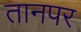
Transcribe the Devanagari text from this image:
तानपर